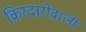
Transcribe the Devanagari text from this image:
किरदारोंवाली